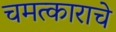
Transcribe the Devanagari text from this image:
चमत्काराचे